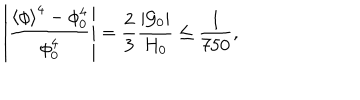
\left| \frac { \left< \phi \right> ^ { 4 } - \phi _ { 0 } ^ { 4 } } { \phi _ { 0 } ^ { 4 } } \right| = { \frac { 2 } { 3 } } { \frac { \left| { \cal G } _ { 0 } \right| } { H _ { 0 } } } \leq { \frac { 1 } { 7 5 0 } } ,